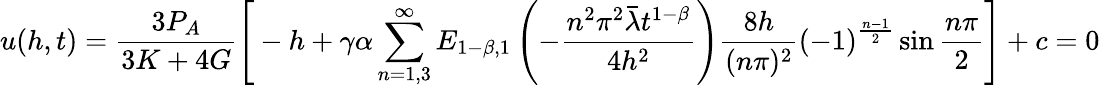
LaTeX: u(h,t)=\frac{3P_{A}}{3K+4G}\Bigg[-h+\gamma\alpha\sum_{n=1,3}^{\infty}E_{1-\beta,1}\left(-{\frac{n^{2}\pi^{2}\bar{\lambda}t^{1-\beta}}{4h^{2}}}\right)\frac{8h}{(n\pi)^{2}}\left(-1\right)^{\frac{n-1}{2}}\sin\frac{n\pi}{2}\Bigg]+c=0